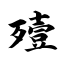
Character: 殪